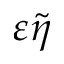
\varepsilon \tilde { \eta }